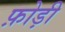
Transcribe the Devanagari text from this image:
फ़ोड़ी